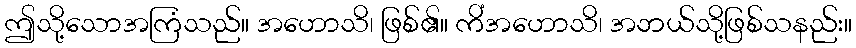
ဤသို့သောအကြံသည်။ အဟောသိ၊ ဖြစ်၏။ ကိံအဟောသိ၊ အဘယ်သို့ဖြစ်သနည်း။